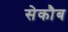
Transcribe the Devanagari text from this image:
सेकौब